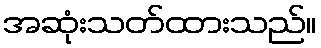
အဆုံးသတ်ထားသည်။